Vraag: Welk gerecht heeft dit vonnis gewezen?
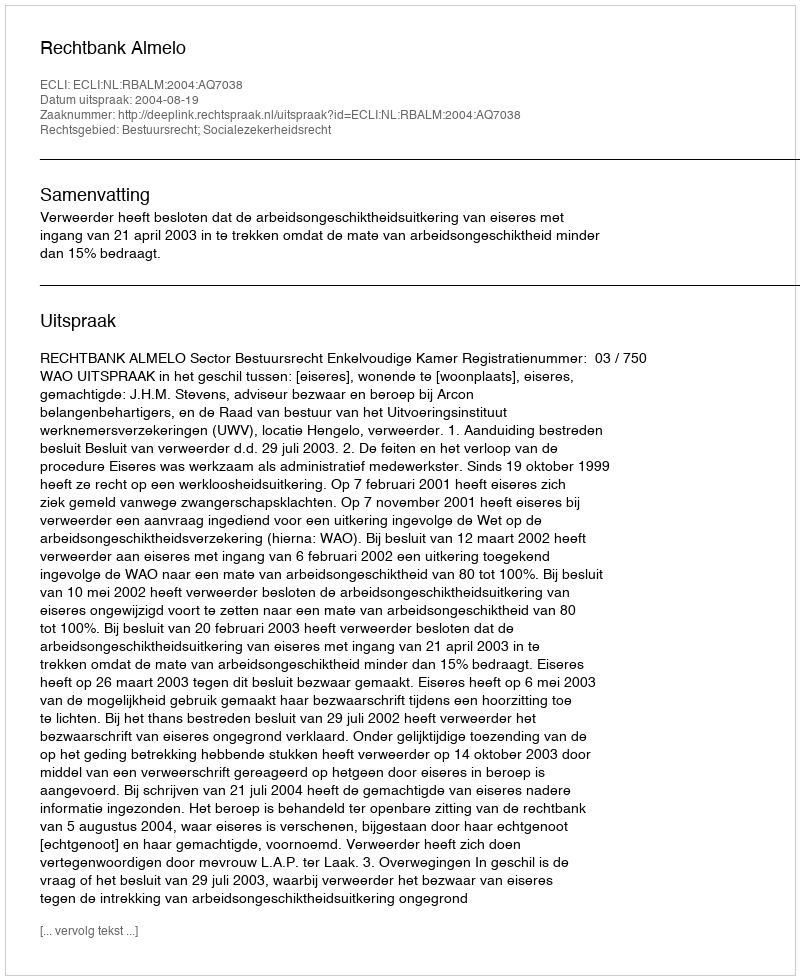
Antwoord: Rechtbank Almelo